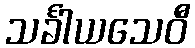
သင်္ခါယသေဝီ